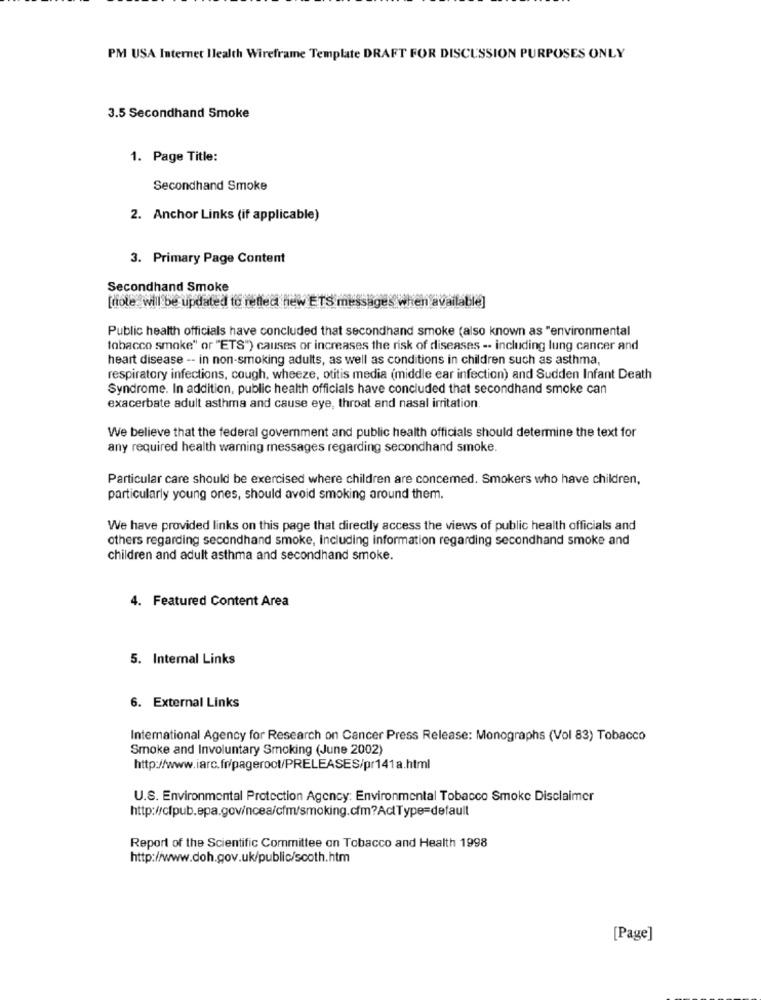
PM USA Internet Ilealth Wireframe Template DRAFT FOR DISCUSSION PURPOSES ONLY
3.5 Secondhand Smoke
1. Page Title:
Secondhand Smoke
2. Anchor Links (if applicable)
3. Primary Page Content
Secondhand Smoke
[note will be updated to reflect new ETS messages when available]
Public health officials have concluded that secondhand smoke (also known as "environmental
tobacco smoke" or "ETS") causes or increases the risk of diseases .. including lung cancer and
heart disease -- in non-smoking adults, as well as conditions in children such as asthma,
respiratory infections, cough, wheeze, otitis media (middle ear infection) and Sudden Infant Death
Syndrome. In addition, public health officials have concluded that secondhand smoke can
exacerbate adult asthma and cause eye, throat and nasal irritation.
We believe that the federal government and public health officials should determine the text for
any required health warning messages regarding secondhand smoke.
Particular care should be exercised where children are concemed. Smokers who have children,
particularly young ones, should avoid smoking around them.
We have provided links on this page that directly access the views of public health officials and
others regarding secondhand smoke, Including information regarding secondhand smoke and
children and adult asthma and secondhand smoke.
4. Featured Content Area
5. Internal Links
6. External Links
International Agency for Research on Cancer Press Release: Monographs (Vol 83) Tobacco
Smoke and Involuntary Smoking (June 2002)
http://www.iarc.fr/pageroot/PRELEASES/pr141a.html
U.S. Environmental Protection Agency: Environmental Tobacco Smoke Disclaimer
http://cfpub.epa.gov/ncea/cfm/smoking.cfm?ActType=default
Report of the Scientific Committee on Tobacco and Health 1998
http://www.doh.gov.uk/public/scoth.htm
[Page]